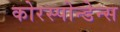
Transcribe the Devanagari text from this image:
कोरस्पोन्डेन्स